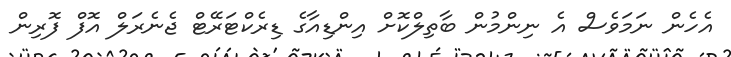
އެހެން ނަމަވެސް އެ ނިންމުން ބާތިލްކޮށް އިންޑިއާގެ ޑިރެކްޓަރޭޓް ޖެނެރަލް އޮފް ފޮރިން